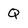
Character: Q